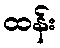
ထန်း